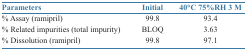
| Parameters | Initial | 40°C 75%RH 3 M |
 | --- | --- | --- |
 | % Assay (ramipril) | 99.8 | 93.4 |
 | % Related impurities (total impurity) | BLOQ | 3.63 |
 | % Dissolution (ramipril) | 99.8 | 97.1 |